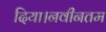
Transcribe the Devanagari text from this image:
दिया।नवीनतम